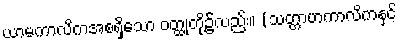
ယာမကာလိကအစရှိသော ဝတ္ထုတို့၌လည်း။ (သတ္တာဟကာလိကနှင့်